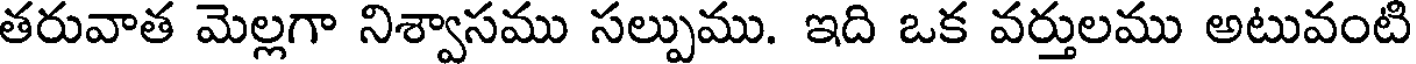
తరువాత మెల్లగా నిశ్వాసము సల్పుము. ఇది ఒక వర్తులము అటువంటి